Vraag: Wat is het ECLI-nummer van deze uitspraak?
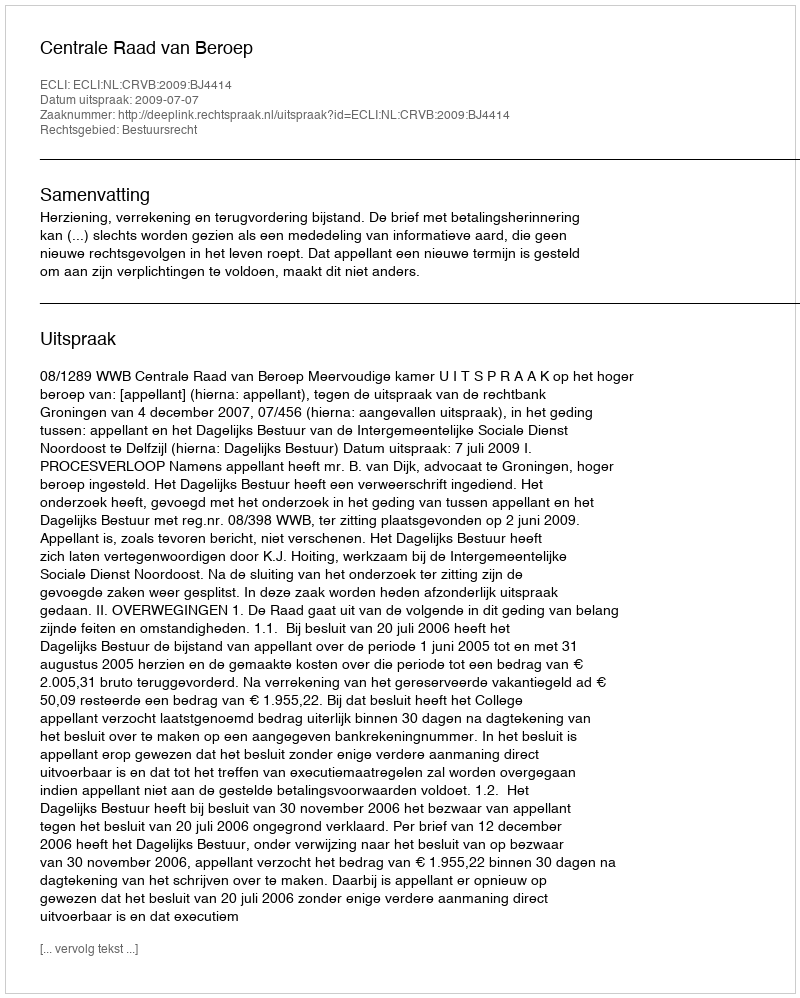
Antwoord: ECLI:NL:CRVB:2009:BJ4414